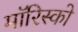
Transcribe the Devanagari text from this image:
मॉरिस्को